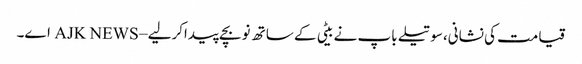
قیامت کی نشانی،سوتیلے باپ نے بیٹی کے ساتھ نوبچے پیداکرلیے – AJK NEWS اے۔